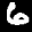
Label: 6